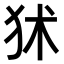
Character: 𤝞